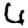
Digit: 6